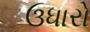
ઉધારો